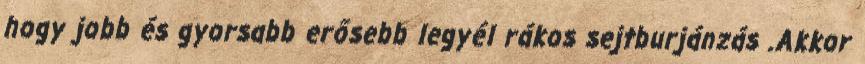
hogy jobb és gyorsabb erősebb legyél rákos sejtburjánzás .Akkor